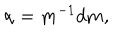
LaTeX: { \bf \alpha } = { \bf m } ^ { - 1 } d { \bf m } ,